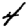
Digit: 4